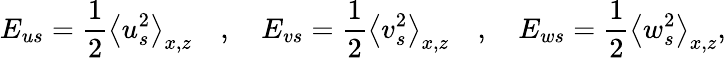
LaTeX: E_{us}=\frac{1}{2}\big\langle u_{s}^{2}\big\rangle_{x,z}\quad,\quad E_{vs}=\frac{1}{2}\big\langle v_{s}^{2}\big\rangle_{x,z}\quad,\quad E_{ws}=\frac{1}{2}\big\langle w_{s}^{2}\big\rangle_{x,z},